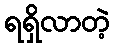
ရရှိလာတဲ့